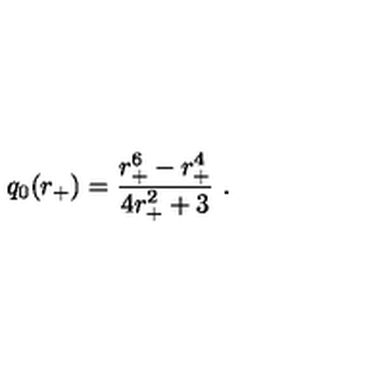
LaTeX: q _ { 0 } ( r _ { + } ) = { \frac { r _ { + } ^ { 6 } - r _ { + } ^ { 4 } } { 4 r _ { + } ^ { 2 } + 3 } } \ .